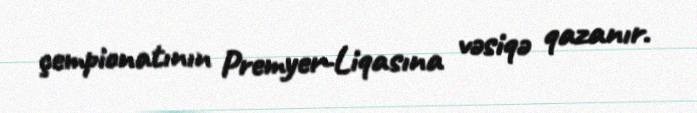
çempionatının Premyer-Liqasına vəsiqə qazanır.